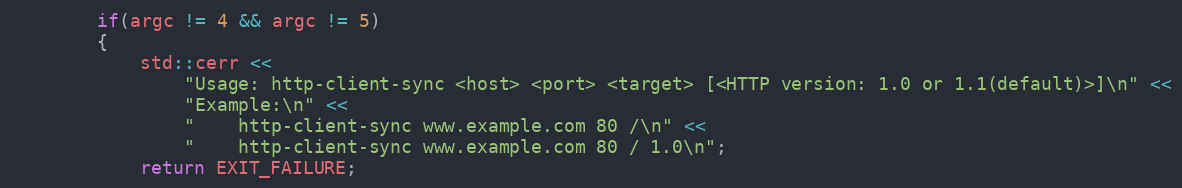
Language: C++
        if(argc != 4 && argc != 5)
        {
            std::cerr <<
                "Usage: http-client-sync <host> <port> <target> [<HTTP version: 1.0 or 1.1(default)>]\n" <<
                "Example:\n" <<
                "    http-client-sync www.example.com 80 /\n" <<
                "    http-client-sync www.example.com 80 / 1.0\n";
            return EXIT_FAILURE;